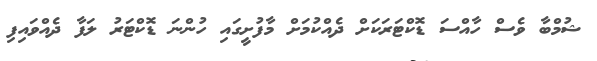
ޝުމްބާ ވެސް ހާއްސަ ޑޮކްޓަރަކަށް ދެއްކުމަށް މާފުށީގައި ހުންނަ ޑޮކްޓަރު ލަފާ ދެއްވައިފި